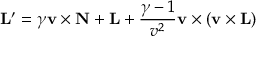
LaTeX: \mathbf { L } ^ { \prime } = \gamma \mathbf { v } \times \mathbf { N } + \mathbf { L } + { \frac { \gamma - 1 } { v ^ { 2 } } } \mathbf { v } \times \left( \mathbf { v } \times \mathbf { L } \right)